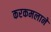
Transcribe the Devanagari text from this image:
करकमलाने